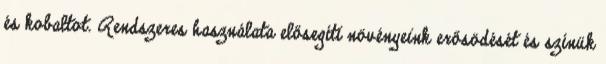
és kobaltot. Rendszeres használata elősegíti növényeink erősödését és színük